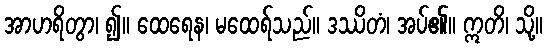
အာဟရိတွာ၊ ၍။ ထေရေန၊ မထေရ်သည်။ ဒဿိတံ၊ အပ်၏။ ဣတိ၊ သို့။